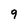
Character: q